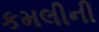
કમલીની